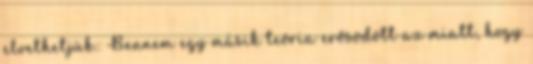
elvethetjük.: Bennem egy másik teória erősödött az miatt, hogy